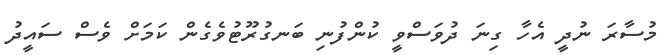
މުސާރަ ނުދީ އެހާ ގިނަ ދުވަސްވީ ކުންފުނި ބަނގުރޫޓުވެގެން ކަމަށް ވެސް ސައީދު